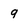
Character: 9